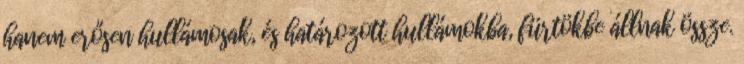
hanem erősen hullámosak, és határozott hullámokba, fürtökbe állnak össze.